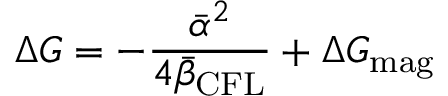
\Delta G = - \frac { { \bar { \alpha } } ^ { 2 } } { 4 { \bar { \beta } } _ { \mathrm { C F L } } } + \Delta G _ { \mathrm { m a g } }